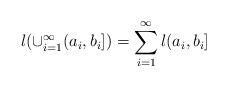
LaTeX: \begin{align*} l(\cup_{i=1}^{\infty}(a_{i},b_{i}])=\sum_{i=1}^{\infty}l(a_{i},b_{i}]\end{align*}